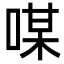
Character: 㖼